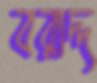
বরাদ্দ